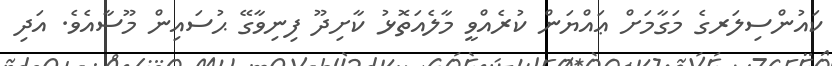
ކައުންސިލަރގެ މަގާމަށް ޢައްޔަން ކުރެއްވީ މާލެއަތޮޅު ކާށިދޫ ފިނިވާގޭ ޙުސައިން މޫސާއެވެ. އަދި